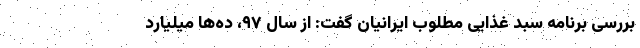
بررسی برنامه سبد غذایی مطلوب‌ ایرانیان گفت: از سال ۹۷، ده‌ها میلیارد